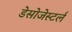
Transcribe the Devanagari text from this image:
डेसोजेस्टर्ल